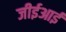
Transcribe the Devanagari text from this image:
जीईआई